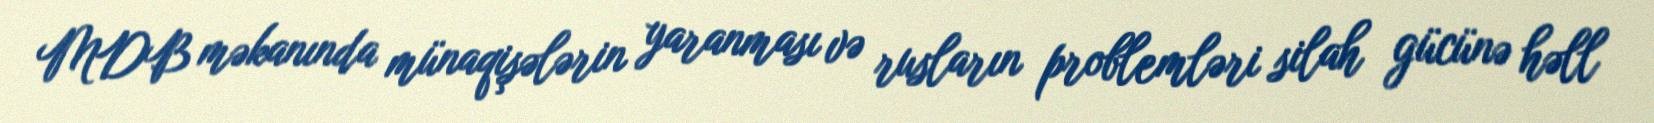
MDB məkanında münaqişələrin yaranması və rusların problemləri silah gücünə həll